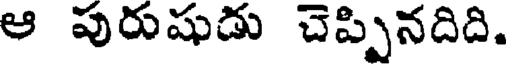
ఆ పురుషుడు చెప్పినదిది.